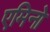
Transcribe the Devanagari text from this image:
एमिनो